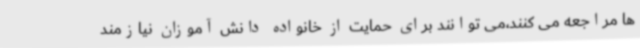
ها مراجعه می کنند،می توانند برای حمایت از خانواده دانش آموزان نیازمند